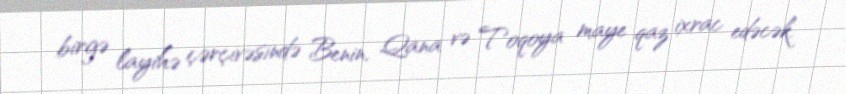
birgə layihə çərçivəsində Benin, Qana və Toqoya maye qaz ixrac edəcək.